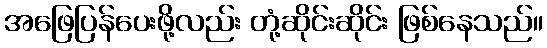
အဖြေပြန်ပေးဖို့လည်း တုံ့ဆိုင်းဆိုင်း ဖြစ်နေသည်။